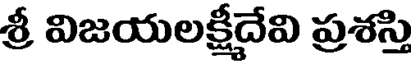
శ్రీ విజయలక్షీదేవి ప్రశస్తి